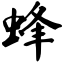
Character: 蜂